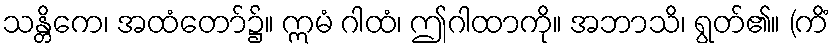
သန္တိကေ၊ အထံတော်၌။ ဣမံ ဂါထံ၊ ဤဂါထာကို။ အဘာသိ၊ ရွတ်၏။ (ကိံ